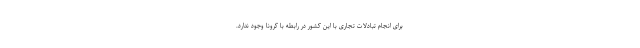
برای انجام تبادلات تجاری با این کشور در رابطه با کرونا وجود ندارد.